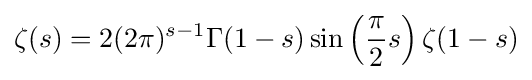
\zeta (s)=2(2\pi )^{s-1}\Gamma (1-s)\sin \left({\frac {\pi }{2}}s\right)\zeta (1-s)